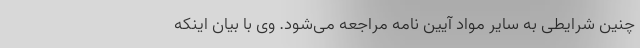
چنین شرایطی به سایر مواد آیین نامه مراجعه می‌شود. وی با بیان اینکه